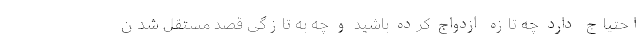
احتیاج دارد چه تازه ازدواج کرده باشید و چه به تازگی قصد مستقل شدن